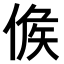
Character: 𠊱